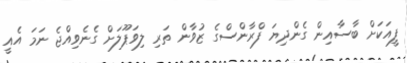
ފީއަކަށް ބާސާއިން ގެންދިޔަ ފްރާންސްގެ ޒުވާން ތަރި ލިވަޕޫލަށް ގެނެވިއްޖެ ނަމަ އެއީ